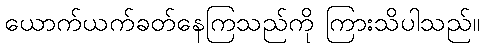
ယောက်ယက်ခတ်နေကြသည်ကို ကြားသိပါသည်။